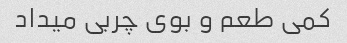
کمی طعم و بوی چربی میداد